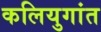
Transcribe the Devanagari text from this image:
कलियुगांत